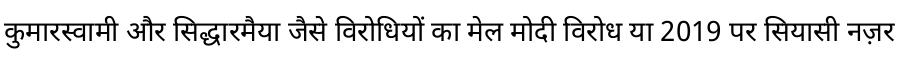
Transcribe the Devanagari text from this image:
कुमारस्वामी और सिद्धारमैया जैसे विरोधियों का मेल मोदी विरोध या 2019 पर सियासी नज़र